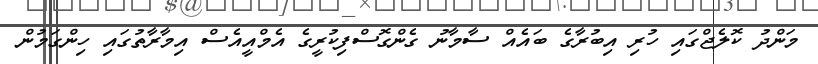
މަންދު ކޮލެޖްގައި ހުރި އިބުރާގެ ބައެއް ސާމާނު ގެންގޮސްފިކުރީގެ އެމްއީއެސް އިމާރާތުގައި ހިންގަމުން